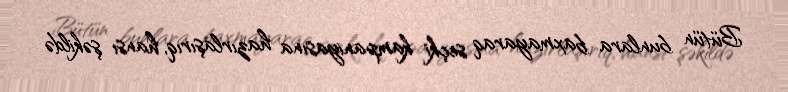
Bütün bunlara baxmayaraq seçki kampaniyasına hazırlaşırıq, hansı şəkildə